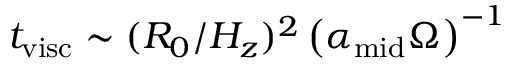
t _ { \mathrm { v i s c } } \sim ( R _ { 0 } / H _ { z } ) ^ { 2 } \left( \alpha _ { \mathrm { m i d } } \Omega \right) ^ { - 1 }